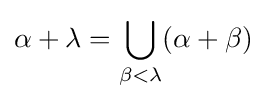
\alpha +\lambda =\bigcup _{\beta <\lambda }(\alpha +\beta )